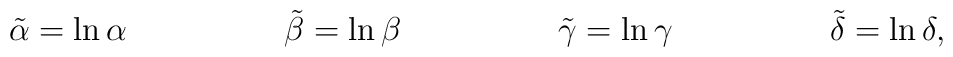
\tilde{\alpha} = \ln{\alpha}\hspace{2.0cm}\tilde{\beta} = \ln{\beta}\hspace{2.0cm}\tilde{\gamma} = \ln{\gamma }\hspace{2.0cm}\tilde{\delta} = \ln{\delta} ,